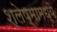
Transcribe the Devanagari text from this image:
श्लेष्मामध्ये